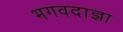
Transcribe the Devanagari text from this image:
भगवदाज्ञा